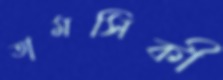
তামসিকী